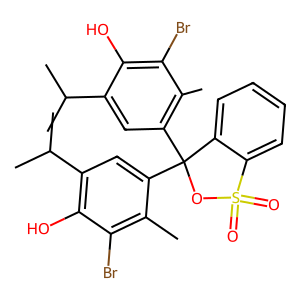
SMILES: Cc1c(C2(c3cc(C(C)C)c(O)c(Br)c3C)OS(=O)(=O)c3ccccc32)cc(C(C)C)c(O)c1Br
Inhibits HIV replication: Yes